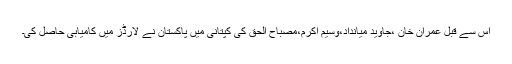
اس سے قبل عمران خان ،جاوید میانداد،وسیم اکرم،مصباح الحق کی کپتانی میں پاکستان نے لارڈز میں کامیابی حاصل کی۔